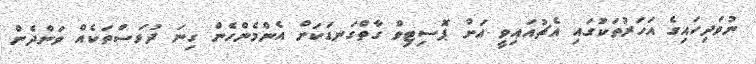
ނުވަދިހައިގެ އަހަރުތަކުގައި އެޗުއައިވީ އަށް ޕޮސިޓިވް ގާތްގަނޑަކަށް އެންމެންހެން ގިނަ ދުވަސްތަކެއް ވަންދެން